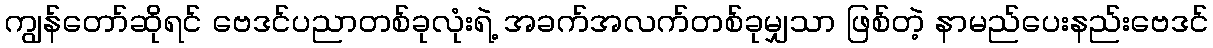
ကျွန်တော်ဆိုရင် ဗေဒင်ပညာတစ်ခုလုံးရဲ့ အခက်အလက်တစ်ခုမျှသာ ဖြစ်တဲ့ နာမည်ပေးနည်းဗေဒင်